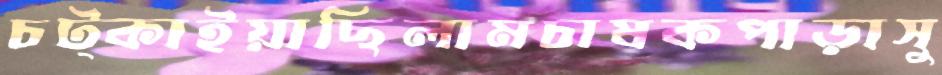
চট্‌কাইয়াছিলামচাষকপাড়াসু